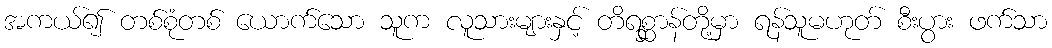
အကယ်၍ တစ်စုံတစ် ယောက်သော သူက လူသားများနှင့် တိရစ္ဆာန်တို့မှာ ရန်သူမဟုတ် စီးပွား ဖက်သာ